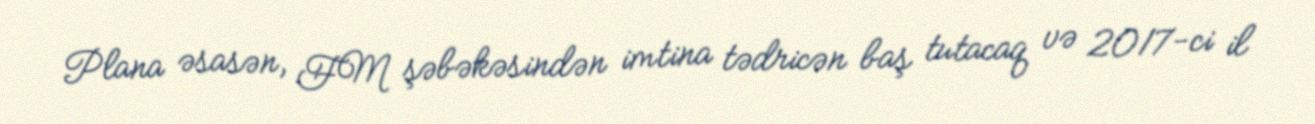
Plana əsasən, FM şəbəkəsindən imtina tədricən baş tutacaq və 2017-ci il